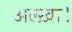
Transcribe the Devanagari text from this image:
अल्ख़ा।